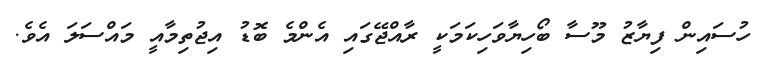
ހުސައިން ފިޔާޒު މޫސާ ބޯހިޔާވަހިކަމަކީ ރާއްޖޭގައި އެންމެ ބޮޑު އިޖުތިމާއީ މައްސަލަ އެވެ.